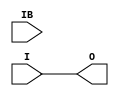
`timescale 1ns / 1ns

(* ivl_synthesis_cell *)
module IBUFDS( output O, input I, input IB);
	parameter DIFF_TERM = "FALSE";
	buf B1(O, I);
endmodule